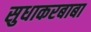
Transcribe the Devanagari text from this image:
सुधाकरबाबा